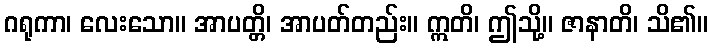
ဂရုကာ၊ လေးသော။ အာပတ္တိ၊ အာပတ်တည်း။ ဣတိ၊ ဤသို့။ ဇာနာတိ၊ သိ၏။